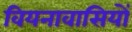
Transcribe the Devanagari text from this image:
वियनावासियों